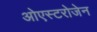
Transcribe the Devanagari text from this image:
ओएस्टरोजेन